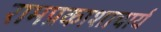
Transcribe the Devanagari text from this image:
रामप्रकाशाचार्य